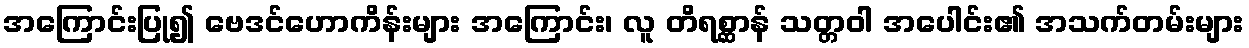
အကြောင်းပြု၍ ဗေဒင်ဟောကိန်းများ အကြောင်း၊ လူ တိရစ္ဆာန် သတ္တဝါ အပေါင်း၏ အသက်တမ်းများ